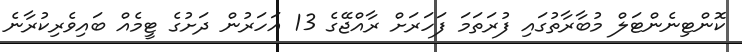
ކޮންޓިނެންޓަލް މުބާރާތުގައި ފުރަތަމަ ފަހަރަށް ރާއްޖޭގެ 13 އަހަރުން ދަށުގެ ޓީމެއް ބައިވެރިކުރާނެ